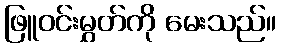
ဖြူဝင်းမွှတ်ကို မေးသည်။